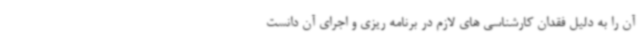
آن را به دلیل فقدان کارشناسی های لازم در برنامه ریزی و اجرای آن دانست